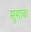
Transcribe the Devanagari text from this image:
सुमाक